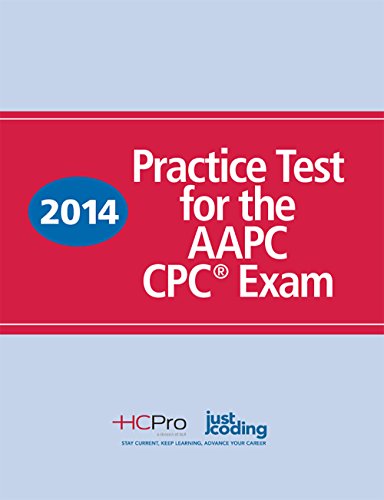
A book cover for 2014 Practice Test for the AAPC CPCÂ® Exam; HCPro; Medical Books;